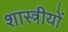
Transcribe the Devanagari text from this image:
शास्त्रीयों